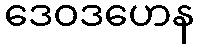
ဒေဝဒဟေန